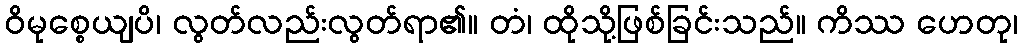
ဝိမုစ္စေယျပိ၊ လွတ်လည်းလွတ်ရာ၏။ တံ၊ ထိုသို့ဖြစ်ခြင်းသည်။ ကိဿ ဟေတု၊